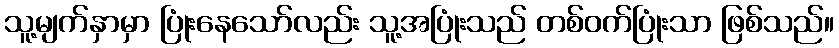
သူ့မျက်နှာမှာ ပြုံးနေသော်လည်း သူ့အပြုံးသည် တစ်ဝက်ပြုံးသာ ဖြစ်သည်။